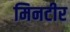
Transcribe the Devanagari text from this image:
मिनटीर